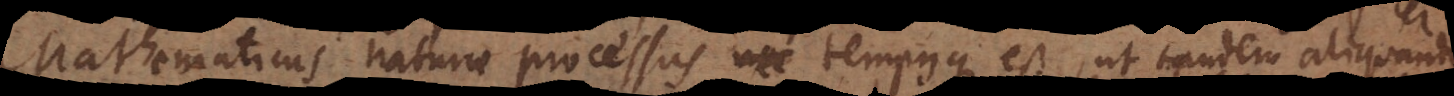
Mathematicus naturae processus, tempusque est, ut tandem aliquand